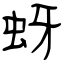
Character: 蚜